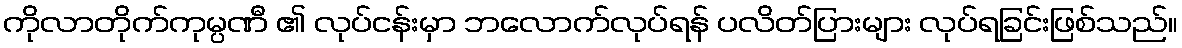
ကိုလာတိုက်ကုမ္ပဏီ ၏ လုပ်ငန်းမှာ ဘလောက်လုပ်ရန် ပလိတ်ပြားများ လုပ်ရခြင်းဖြစ်သည်။